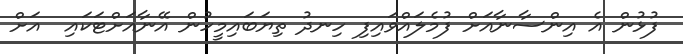
ފުޅުން އެ އިންސާނާއަށް ފުމެލައްވައިފި ހިނދު ތިޔަބައިމީހުން އޭނާއަށްޓަކައި  އަށް